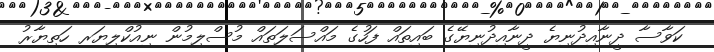
ކަވާސާ ދީނާއިދުނިޔެ ދީނާއިދުނިޔޭގެ ބައިތައް ފަހުގެ މައްސަލަތައް މުސްލިމުން ނިއުކްލިޔަރ ހަތިޔާރު